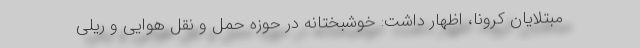
مبتلایان کرونا، اظهار داشت: خوشبختانه در حوزه حمل و نقل هوایی و ریلی